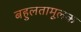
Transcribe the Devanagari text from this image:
बहुलतामूलक